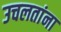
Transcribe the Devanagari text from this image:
उचलतांना